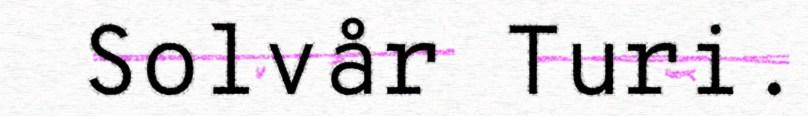
Solvår Turi.